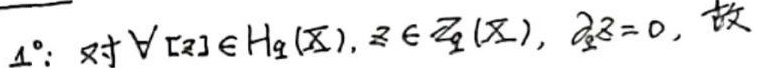
$1^{\circ}: \text{对} \forall [z] \in H_{q}(X), z \in Z_{q}(X), \partial_{q}z = 0, \text{故}$